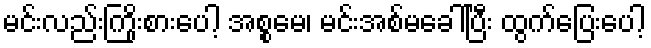
မင်းလည်းကြိုးစားပေါ့ အစ္စမေ၊ မင်းအစ်မခေါ်ပြီး ထွက်ပြေးပေါ့